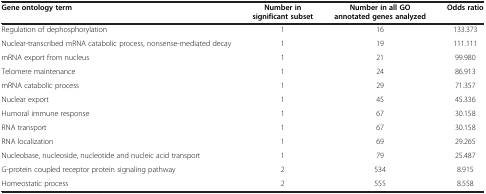
| Gene ontology term | Number in significant subset | Number in all GO annotated genes analyzed | Odds ratio |
 | --- | --- | --- | --- |
 | Regulation of dephosphorylation | 1 | 16 | 133.373 |
 | Nuclear-transcribed mRNA catabolic process, nonsense-mediated decay | 1 | 19 | 111.111 |
 | mRNA export from nucleus | 1 | 21 | 99.980 |
 | Telomere maintenance | 1 | 24 | 86.913 |
 | mRNA catabolic process | 1 | 29 | 71.357 |
 | Nuclear export | 1 | 45 | 45.336 |
 | Humoral immune response | 1 | 67 | 30.158 |
 | RNA transport | 1 | 67 | 30.158 |
 | RNA localization | 1 | 69 | 29.265 |
 | Nucleobase, nucleoside, nucleotide and nucleic acid transport | 1 | 79 | 25.487 |
 | G-protein coupled receptor protein signaling pathway | 2 | 534 | 8.915 |
 | Homeostatic process | 2 | 555 | 8.558 |